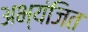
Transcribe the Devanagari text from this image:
अभ्यंजित